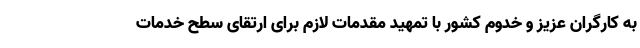
به کارگران عزیز و خدوم کشور با تمهید مقدمات لازم برای ارتقای سطح خدمات